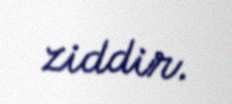
ziddir.